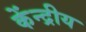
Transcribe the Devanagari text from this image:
केंन्‍द्रीय